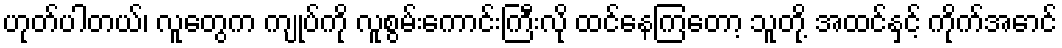
ဟုတ်ပါတယ်၊ လူတွေက ကျုပ်ကို လူစွမ်းကောင်းကြီးလို ထင်နေကြတော့ သူတို့ အထင်နှင့် ကိုက်အောင်